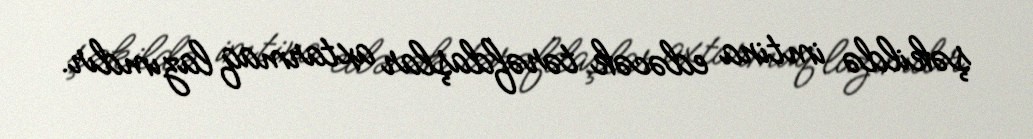
şəkildə imtina edəcək tərəfdaşlar axtarmaq lazımdır.